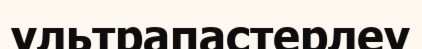
ультрапастерлеу